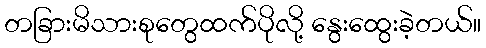
တခြားမိသားစုတွေထက်ပိုလို့ နွေးထွေးခဲ့တယ်။